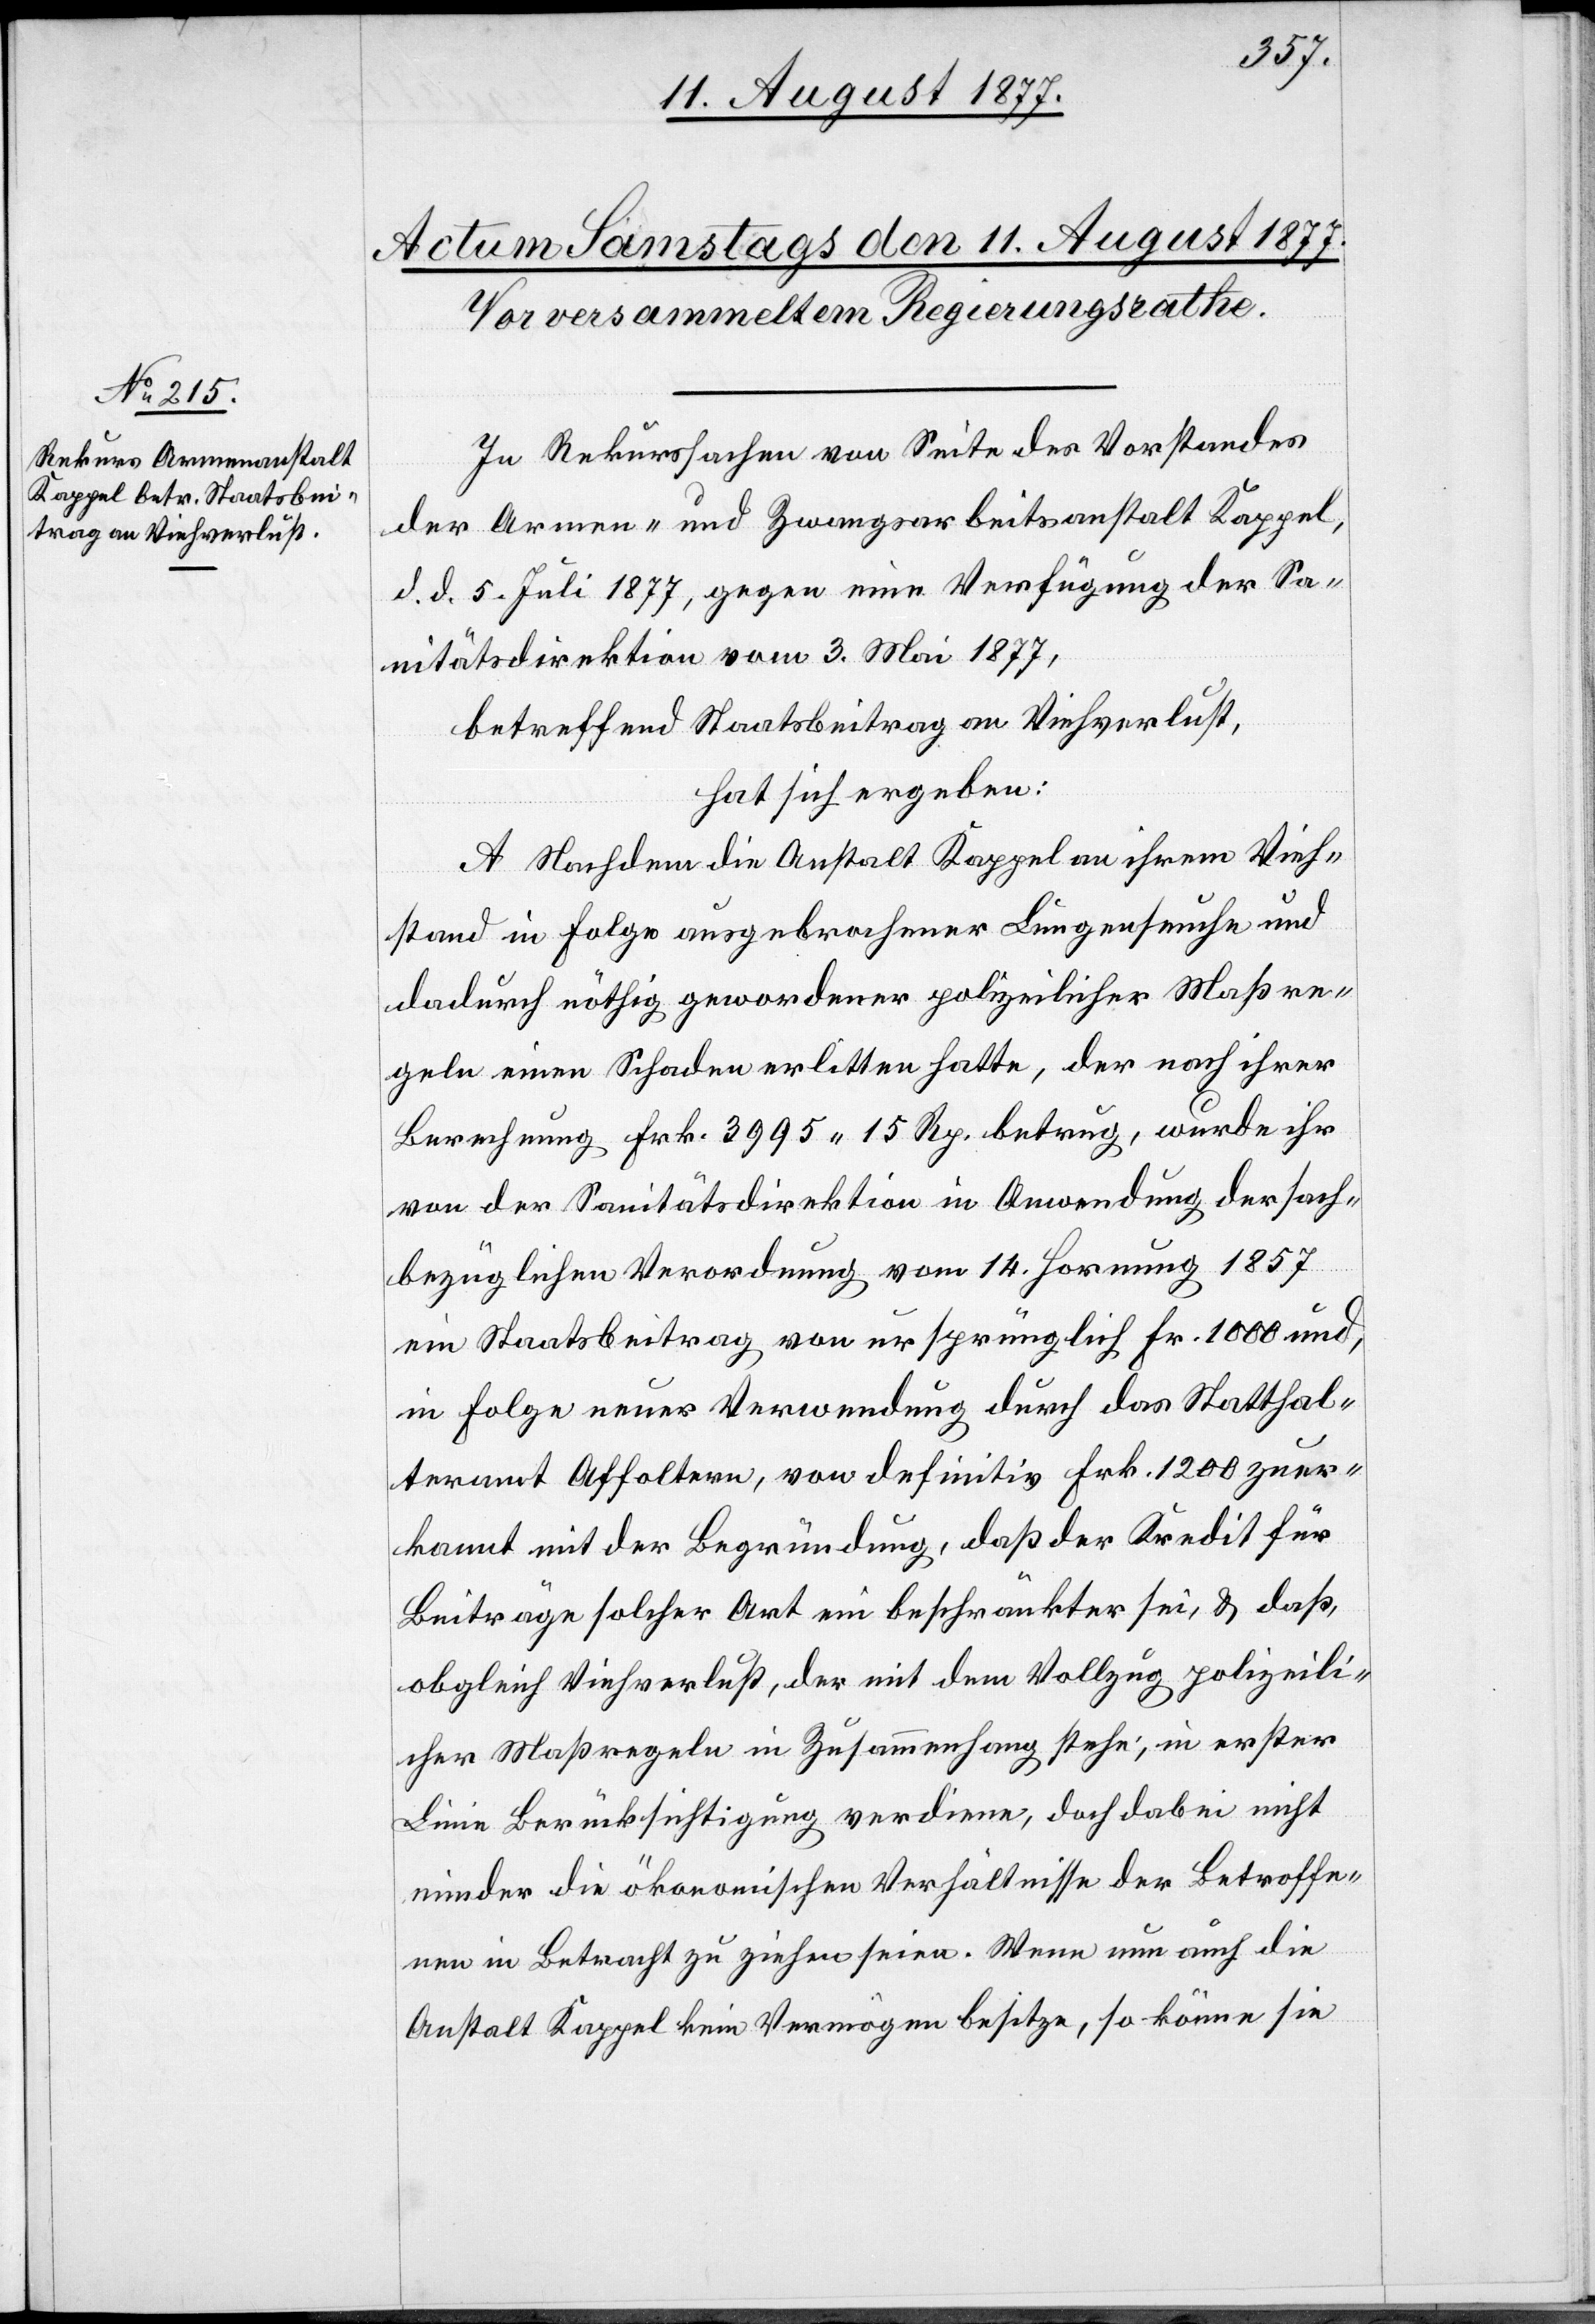
In Rekurssachen von Seite des Vorstandes
der Armen- und Zwangsarbeitsanstalt Kappel.
d. d. 5. Juli 1877, gegen eine Verfügung der Sa¬
nitätsdirektion vom 3. Mai 1877,
betreffend Staatsbeitrag an Viehverlust,
hat sich ergeben:
A. Nachdem die Anstalt Kappel an ihrem Vieh¬
stand in Folge ausgebrochener Lungenseuche und
dadurch nöthig gewordener polizeilicher Maßre¬
geln einen Schaden erlitten hatte, der nach ihrer
Berechnung Frk. 3995 15 Rp. betrug, wurde ihr
von der Sanitätsdirektion in Anwendung der sach¬
bezüglichen Verordnung vom 14. Hornung 1857
ein Staatsbeitrag von ursprünglich Fr. 1000 und,
in Folge neuer Verwendung durch das Statthal¬
teramt Affoltern, von definitiv Frk. 1200 zuer¬
kannt mit der Begründung, daß der Kredit für
Beiträge solcher Art ein beschränkter sei, & daß,
obgleich Viehverlust, der mit dem Vollzug polizeili¬
cher Maßregeln in Zusammenhang stehe, in erster
Linie Berücksichtigung verdiene, doch dabei nicht
minder die ökonomischen Verhältnisse der Betroffe¬
nen in Betracht zu ziehen seien. Wenn nun auch die
Anstalt Kappel kein Vermögen besitze, so könne sie